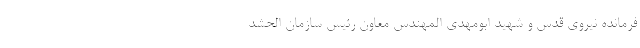
فرمانده نیروی قدس و شهید ابومهدی المهندس معاون رئیس سازمان الحشد